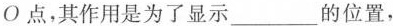
О点，其作用是为了显示______的位置，